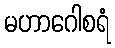
မဟာဂေါစရံ